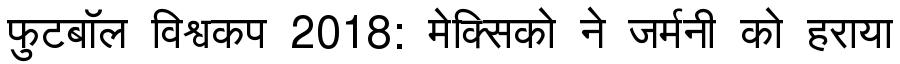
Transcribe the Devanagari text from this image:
फुटबॉल विश्वकप 2018: मेक्सिको ने जर्मनी को हराया